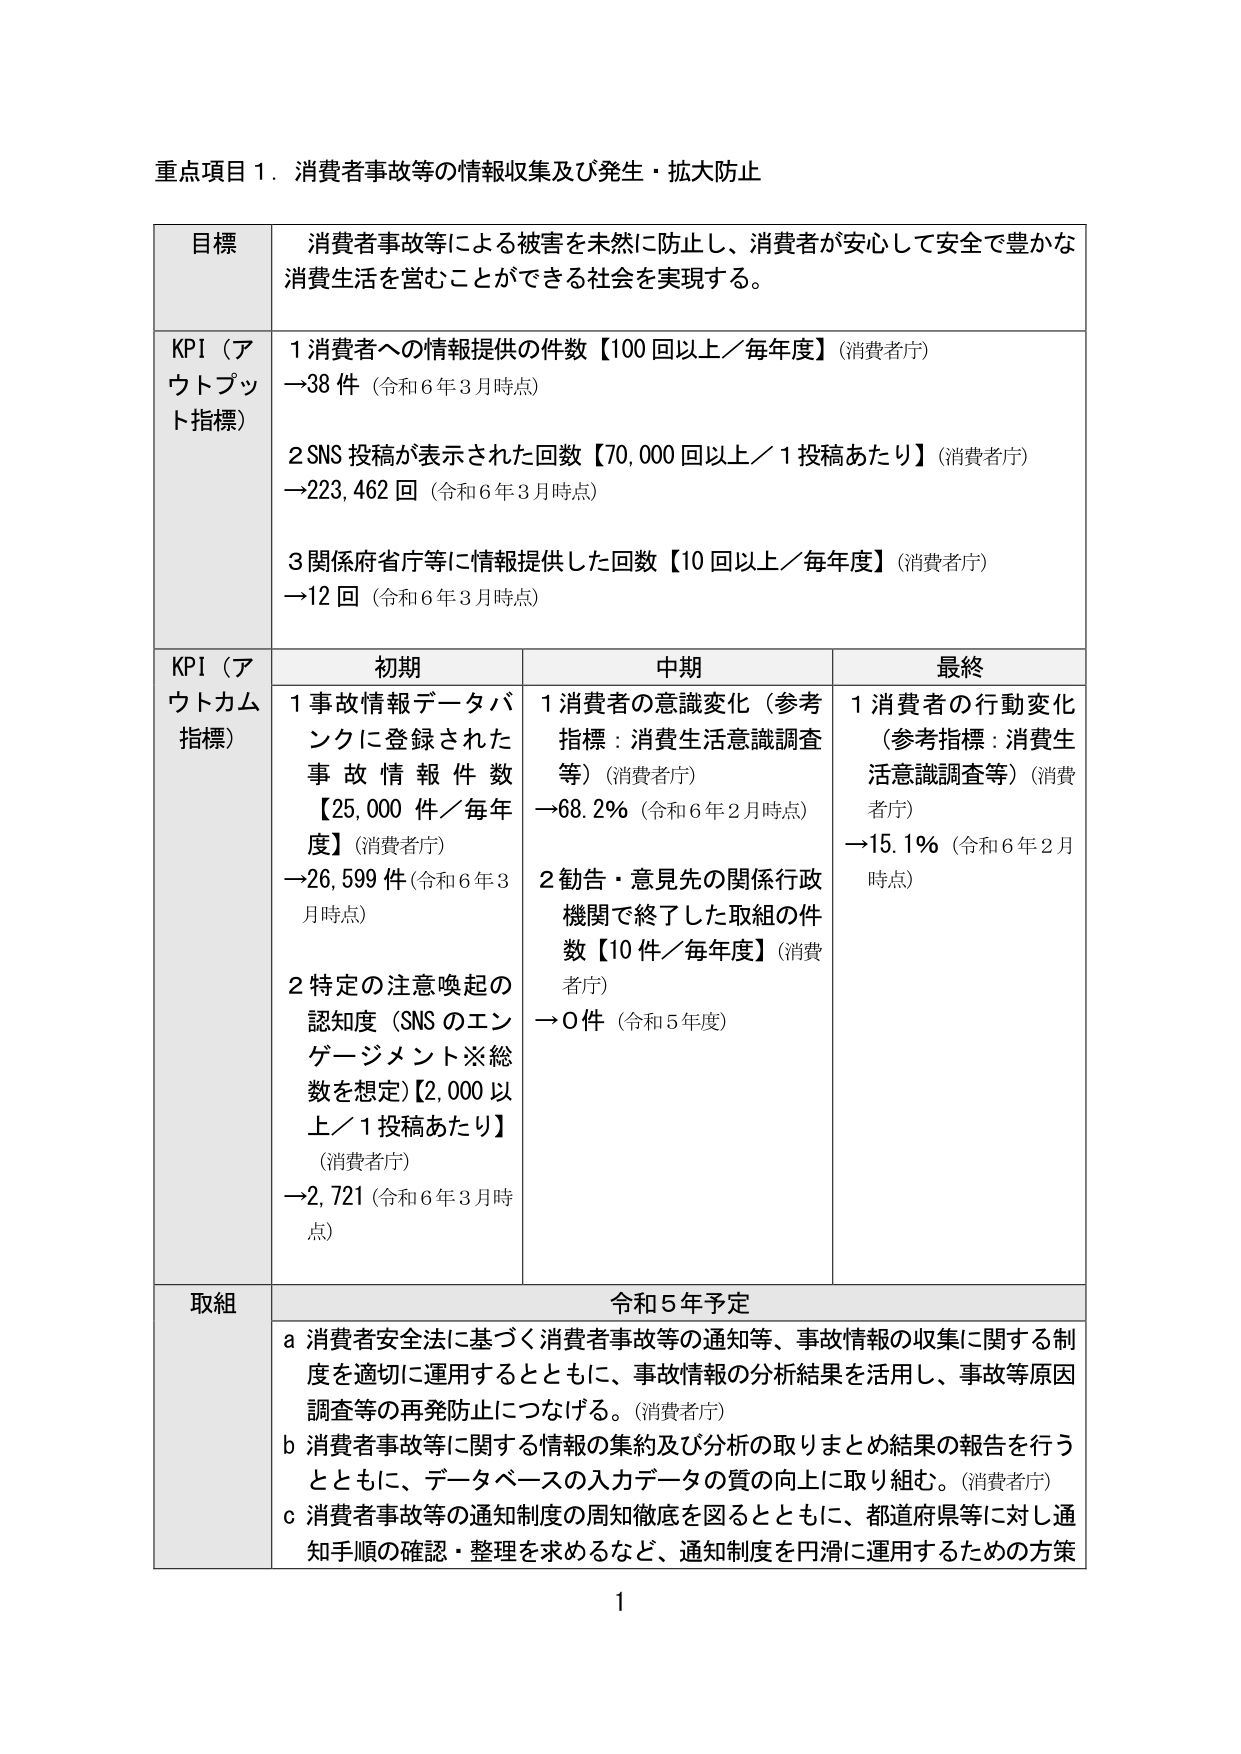
重点項目１．消費者事故等の情報収集及び発生・拡大防止

目標
消費者事故等による被害を未然に防止し、消費者が安心して安全で豊かな消費生活を営むことができる社会を実現する。

KPI（アウトプット指標）
１消費者への情報提供の件数【100回以上／毎年度】（消費者庁）
→38件（令和6年3月時点）

２SNS投稿が表示された回数【70,000回以上／1投稿あたり】（消費者庁）
→223,462回（令和6年3月時点）

３関係府省庁等に情報提供した回数【10回以上／毎年度】（消費者庁）
→12回（令和6年3月時点）

KPI（アウトカム指標）
初期
１事故情報データバンクに登録された事故情報件数【25,000件／毎年度】（消費者庁）
→26,599件（令和6年3月時点）

２特定の注意喚起の認知度（SNSのエンゲージメント※総数を想定）【2,000以上／1投稿あたり】（消費者庁）
→2,721（令和6年3月時点）

中期
１消費者の意識変化（参考指標：消費生活意識調査等）（消費者庁）
→68.2％（令和6年2月時点）

２勧告・意見先の関係行政機関で終了した取組の件数【10件／毎年度】（消費者庁）
→0件（令和5年度）

最終
１消費者の行動変化（参考指標：消費生活意識調査等）（消費者庁）
→15.1％（令和6年2月時点）

取組
令和5年予定
ａ消費者安全法に基づく消費者事故等の通知等、事故情報の収集に関する制度を適切に運用するとともに、事故情報の分析結果を活用し、事故等原因調査等の再発防止につなげる。（消費者庁）

ｂ消費者事故等に関する情報の集約及び分析の取りまとめ結果の報告を行うとともに、データベースの入力データの質の向上に取り組む。（消費者庁）

ｃ消費者事故等の通知制度の周知徹底を図るとともに、都道府県等に対し通知手順の確認・整理を求めるなど、通知制度を円滑に運用するための方策

1